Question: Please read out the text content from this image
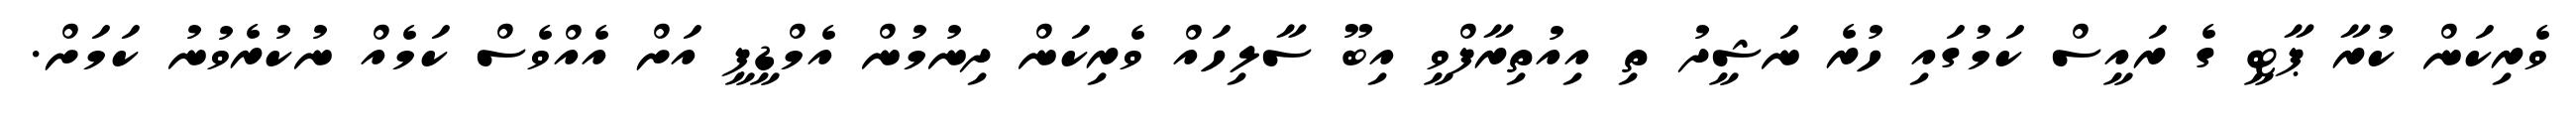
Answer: ވެރިކަން ކުރާ ޕާޓީ ގެ ރައީސް ކަމުގައި ހުރެ ނަޝީދު ތި އިއުތިރާފްވީ އިބޫ ސާލިހައް ވެރިކަން ދިނުމުން އެމްޑީޕީ އަށް އެއްވެސް ކަމެއް ނުކުރެވުނު ކަމަށް.